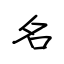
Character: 名